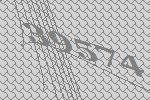
39574